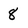
Character: 8